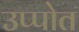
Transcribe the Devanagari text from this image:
उप्पोत